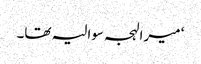
‘ میرا لہجہ سوالیہ تھا۔